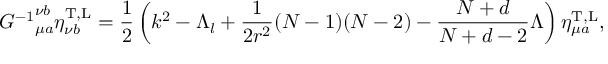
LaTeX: { { \cal G } ^ { - 1 } } _ { \mu a } ^ { \nu b } \eta _ { \nu b } ^ { \mathrm { T , L } } = \frac { 1 } { 2 } \left( k ^ { 2 } - \Lambda _ { l } + \frac { 1 } { 2 r ^ { 2 } } ( N - 1 ) ( N - 2 ) - \frac { N + d } { N + d - 2 } \Lambda \right) \eta _ { \mu a } ^ { \mathrm { T , L } } ,